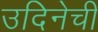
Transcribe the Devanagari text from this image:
उदिनेची